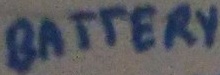
Text: BATTERY